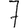
Digit: 7